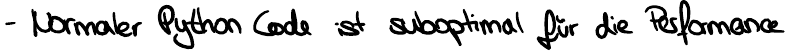
- Normaler Python Code ist suboptimal für die Performance